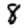
Digit: 8